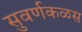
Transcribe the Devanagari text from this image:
सुवर्णकळस